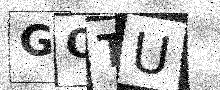
Text: GOTU